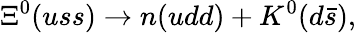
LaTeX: \Xi^{0}(uss)\rightarrow n(udd)+K^{0}(d\bar{s}),